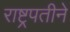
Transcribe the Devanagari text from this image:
राष्ट्रपतीने